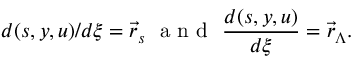
d ( s , y , u ) / d \xi = \vec { r } _ { s } ~ \mathrm { ~ a ~ n ~ d ~ } ~ \frac { d ( s , y , u ) } { d \xi } = \vec { r } _ { \Lambda } .